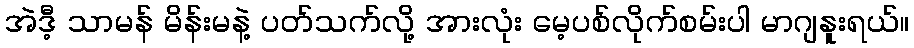
အဲဒီ့ သာမန် မိန်းမနဲ့ ပတ်သက်လို့ အားလုံး မေ့ပစ်လိုက်စမ်းပါ မာဂျနူးရယ်။